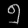
Digit: ၅